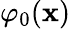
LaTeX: \varphi_{0}(\mathbf{x})